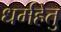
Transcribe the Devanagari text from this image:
धर्महेतु